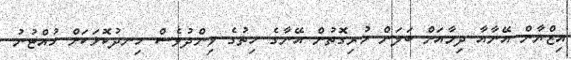
އިޒްޔާން އޭނާއާ ދިމާއަށް ބަލަން ހުރިގޮތުން އޭނާގެ ހިތުގެ ވިންދުވެސް ހިނދުކޮޅަކަށް ހުއްޓުނު